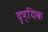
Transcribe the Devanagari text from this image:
दृष्यिक